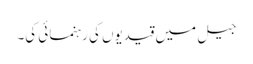
جیل میں قیدیوں کی رہنمائی کی۔